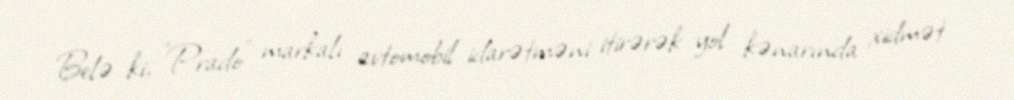
Belə ki, "Prado" markalı avtomobil idarətməni itirərək yol kənarında xidmət